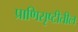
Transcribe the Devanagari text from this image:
प्राणिसृष्टीतील